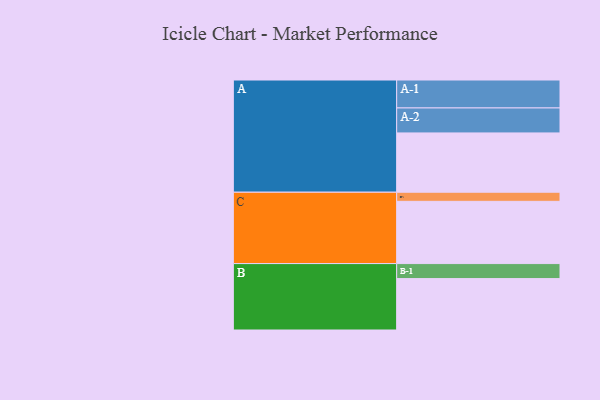
{"axis": {"x": "Segment", "y": "Value"}, "legend": ["", "A", "B", "C"], "data": [{"x": "A", "y": 541, "type": ""}, {"x": "B", "y": 469, "type": ""}, {"x": "C", "y": 568, "type": ""}, {"x": "A-1", "y": 255, "type": "A"}, {"x": "A-2", "y": 228, "type": "A"}, {"x": "B-1", "y": 137, "type": "B"}, {"x": "C-1", "y": 83, "type": "C"}]}